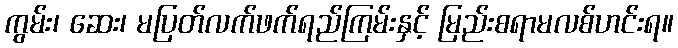
ကွမ်း၊ ဆေး၊ မပြတ်လက်ဖက်ရည်ကြမ်းနှင့် မြည်းစရာမလစ်ဟင်းရ။